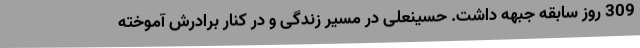
309 روز سابقه جبهه داشت. حسینعلی در مسیر زندگی و در کنار برادرش آموخته